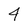
Character: 4